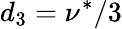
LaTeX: d_{3}=\nu^{*}/3